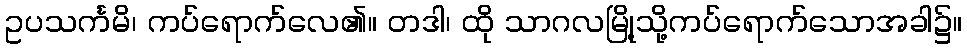
ဥပသင်္ကမိ၊ ကပ်ရောက်လေ၏။ တဒါ၊ ထို သာဂလမြို့သို့ကပ်ရောက်သောအခါ၌။